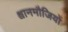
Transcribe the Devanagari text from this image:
श्वानमौजियों